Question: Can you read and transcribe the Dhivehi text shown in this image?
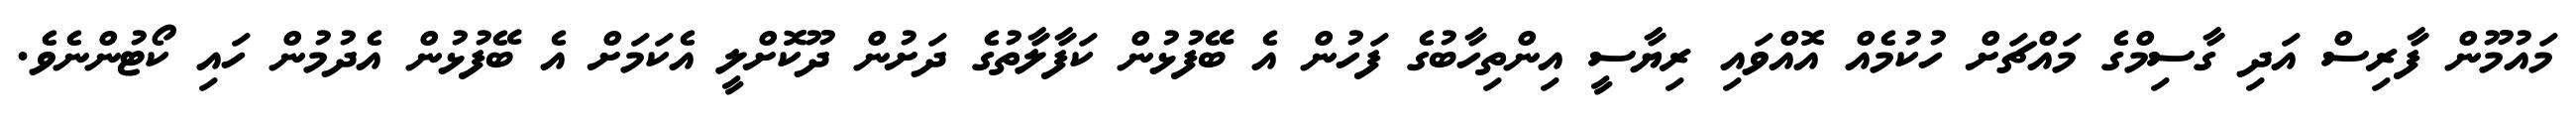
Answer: މައުމޫން ފާރިސް އަދި ގާސިމްގެ މައްޗަށް ހުކުމެއް އޮއްވައި ރިޔާސީ އިންތިހާބުގެ ފަހުން އެ ބޭފުޅުން ކަފާލާތުގެ ދަށުން ދޫކޮށްލީ އެކަމަށް އެ ބޭފުޅުން އެދުމުން ހައި ކޯޓުންނެވެ.